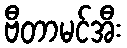
ဗီတာမင်အီး